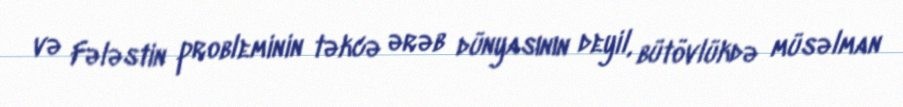
və Fələstin probleminin təkcə ərəb dünyasının deyil, bütövlükdə müsəlman